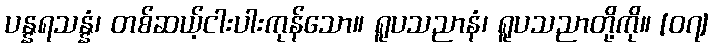
ပန္နရသန္နံ၊ တစ်ဆယ့်ငါးပါးကုန်သော။ ရူပသညာနံ၊ ရူပသညာတို့ကို။ [၀၇]